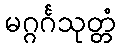
မဂ္ဂင်္ဂသုတ္တံ